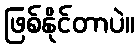
ဖြစ်နိုင်တာပဲ။